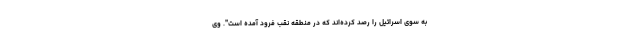
به سوی اسرائیل را رصد کرده‌اند که در منطقه نقب فرود آمده است". وی